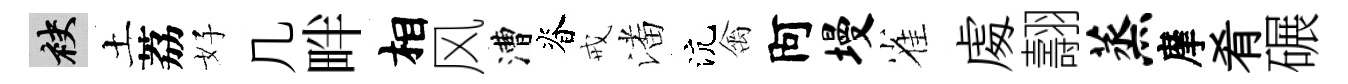
袂土荔好几畔相风漕脊戒潘沆禽阿墁雀䖏翿蒸摩肴碾